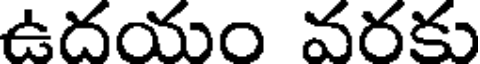
ఉదయం వదకు